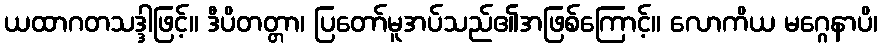
ယထာဂတသဒ္ဒါဖြင့်။ ဒီပိတတ္တာ၊ ပြတော်မူအပ်သည်၏အဖြစ်ကြောင့်။ လောကိယ မဂ္ဂေနာပိ၊